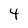
Character: 4